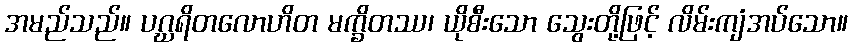
အမည်သည်။ ပဂ္ဃရိတလောဟိတ မက္ခိတဿ၊ ယိုစီးသော သွေးတို့ဖြင့် လိမ်းကျံအပ်သော။